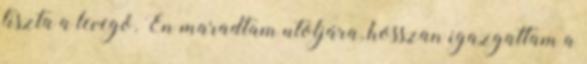
tiszta a levegő. Én maradtam utoljára, hosszan igazgattam a